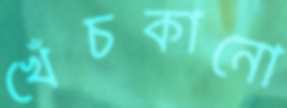
খেঁচকানো